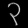
Digit: ၃